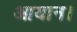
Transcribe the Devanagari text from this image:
आयान।